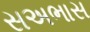
સઅભાસ